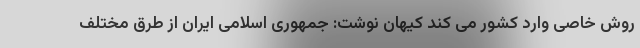
روش خاصی وارد کشور می کند کیهان نوشت: جمهوری اسلامی ایران از طرق مختلف